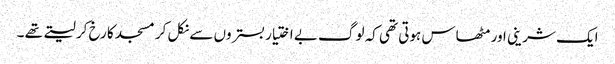
ایک شرینی اور مٹھاس ہوتی تھی کہ لوگ بے اختیار بستروں سے نکل کر مسجد کا رخ کر لیتے تھے ۔